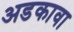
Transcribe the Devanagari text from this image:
अडकावा